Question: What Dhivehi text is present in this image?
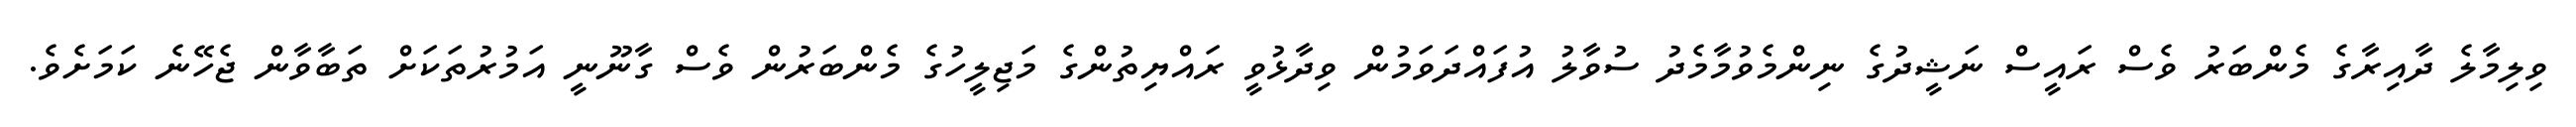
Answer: ވިލިމާލެ ދާއިރާގެ މެންބަރު ވެސް ރައީސް ނަޝީދުގެ ނިންމެވުމާމެދު ސުވާލު އުފައްދަވަމުން ވިދާޅުވީ ރައްޔިތުންގެ މަޖިލީހުގެ މެންބަރުން ވެސް ގާނޫނީ އަމުރުތަކަށް ތަބާވާން ޖެހޭނެ ކަމަށެވެ.